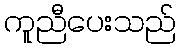
ကူညီပေးသည်